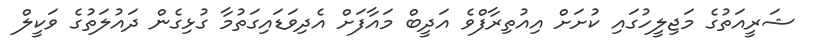
ޝަރީއަތުގެ މަޖިލީހުގައި ކުށަށް އިއުތިރާފްވެ އަދީބް މައާފަށް އެދިވަޑައިގަތުމާ ގުޅިގެން ދައުލަތުގެ ވަކީލް